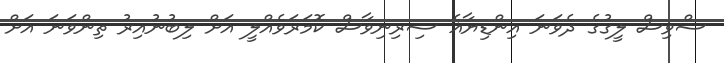
ސްވިސް ލީގުގެ ދެވަނަ އިންޑިޔާޣެ ސިރިނިވާސް ކޮމަރަވެއްލީ އަށް ލިބުނުއިރު ތިންވަނަ އަށް